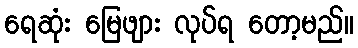
ရေဆုံး မြေဖျား လုပ်ရ တော့မည်။